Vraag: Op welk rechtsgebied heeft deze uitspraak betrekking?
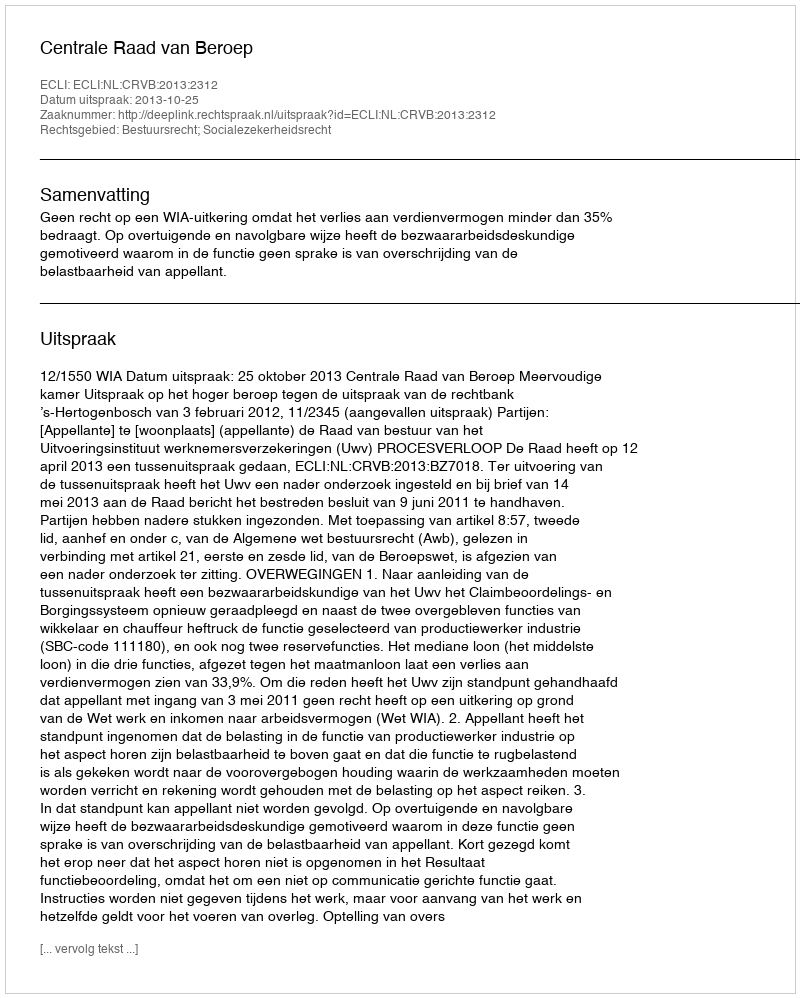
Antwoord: Bestuursrecht; Socialezekerheidsrecht